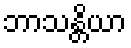
ဘာသန္တိယာ